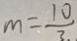
m = \frac { 1 0 } { 3 }